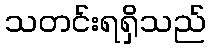
သတင်းရရှိသည်